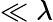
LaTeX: \ll\lambda